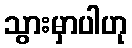
သွားမှာပါဟု